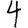
Digit: 4